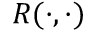
R ( \cdot , \cdot )